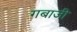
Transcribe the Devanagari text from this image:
गबाजी